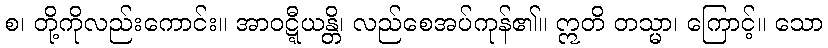
စ၊ တို့ကိုလည်းကောင်း။ အာဝဋ္ဋီယန္တိ၊ လည်စေအပ်ကုန်၏။ ဣတိ တသ္မာ၊ ကြောင့်။ သော